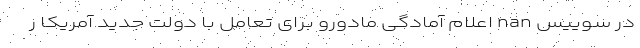
در سوییس nan اعلام آمادگی مادورو برای تعامل با دولت جدید آمریکا ر